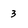
Character: 3